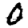
Digit: 0